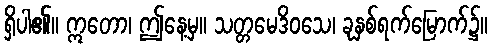
ရှိပါ၏။ ဣတော၊ ဤနေ့မှ။ သတ္တမေဒိဝသေ၊ ခုနှစ်ရက်မြောက်၌။